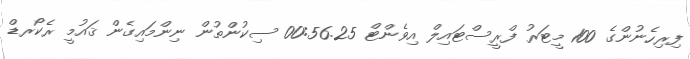
ފިރިހެނުންގެ 100 މީޓަރު ފްރީސްޓައިލް އިވެންޓް 00:56.25 ސިކުންތުން ނިންމައިގެން ޤައުމީ ރެކޯރޑް